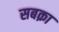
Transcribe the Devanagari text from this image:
सबक़ा